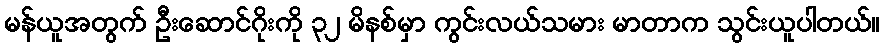
မန်ယူအတွက် ဦးဆောင်ဂိုးကို ၃၂ မိနစ်မှာ ကွင်းလယ်သမား မာတာက သွင်းယူပါတယ်။